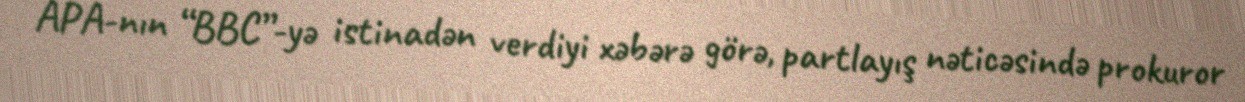
APA-nın “BBC”-yə istinadən verdiyi xəbərə görə, partlayış nəticəsində prokuror